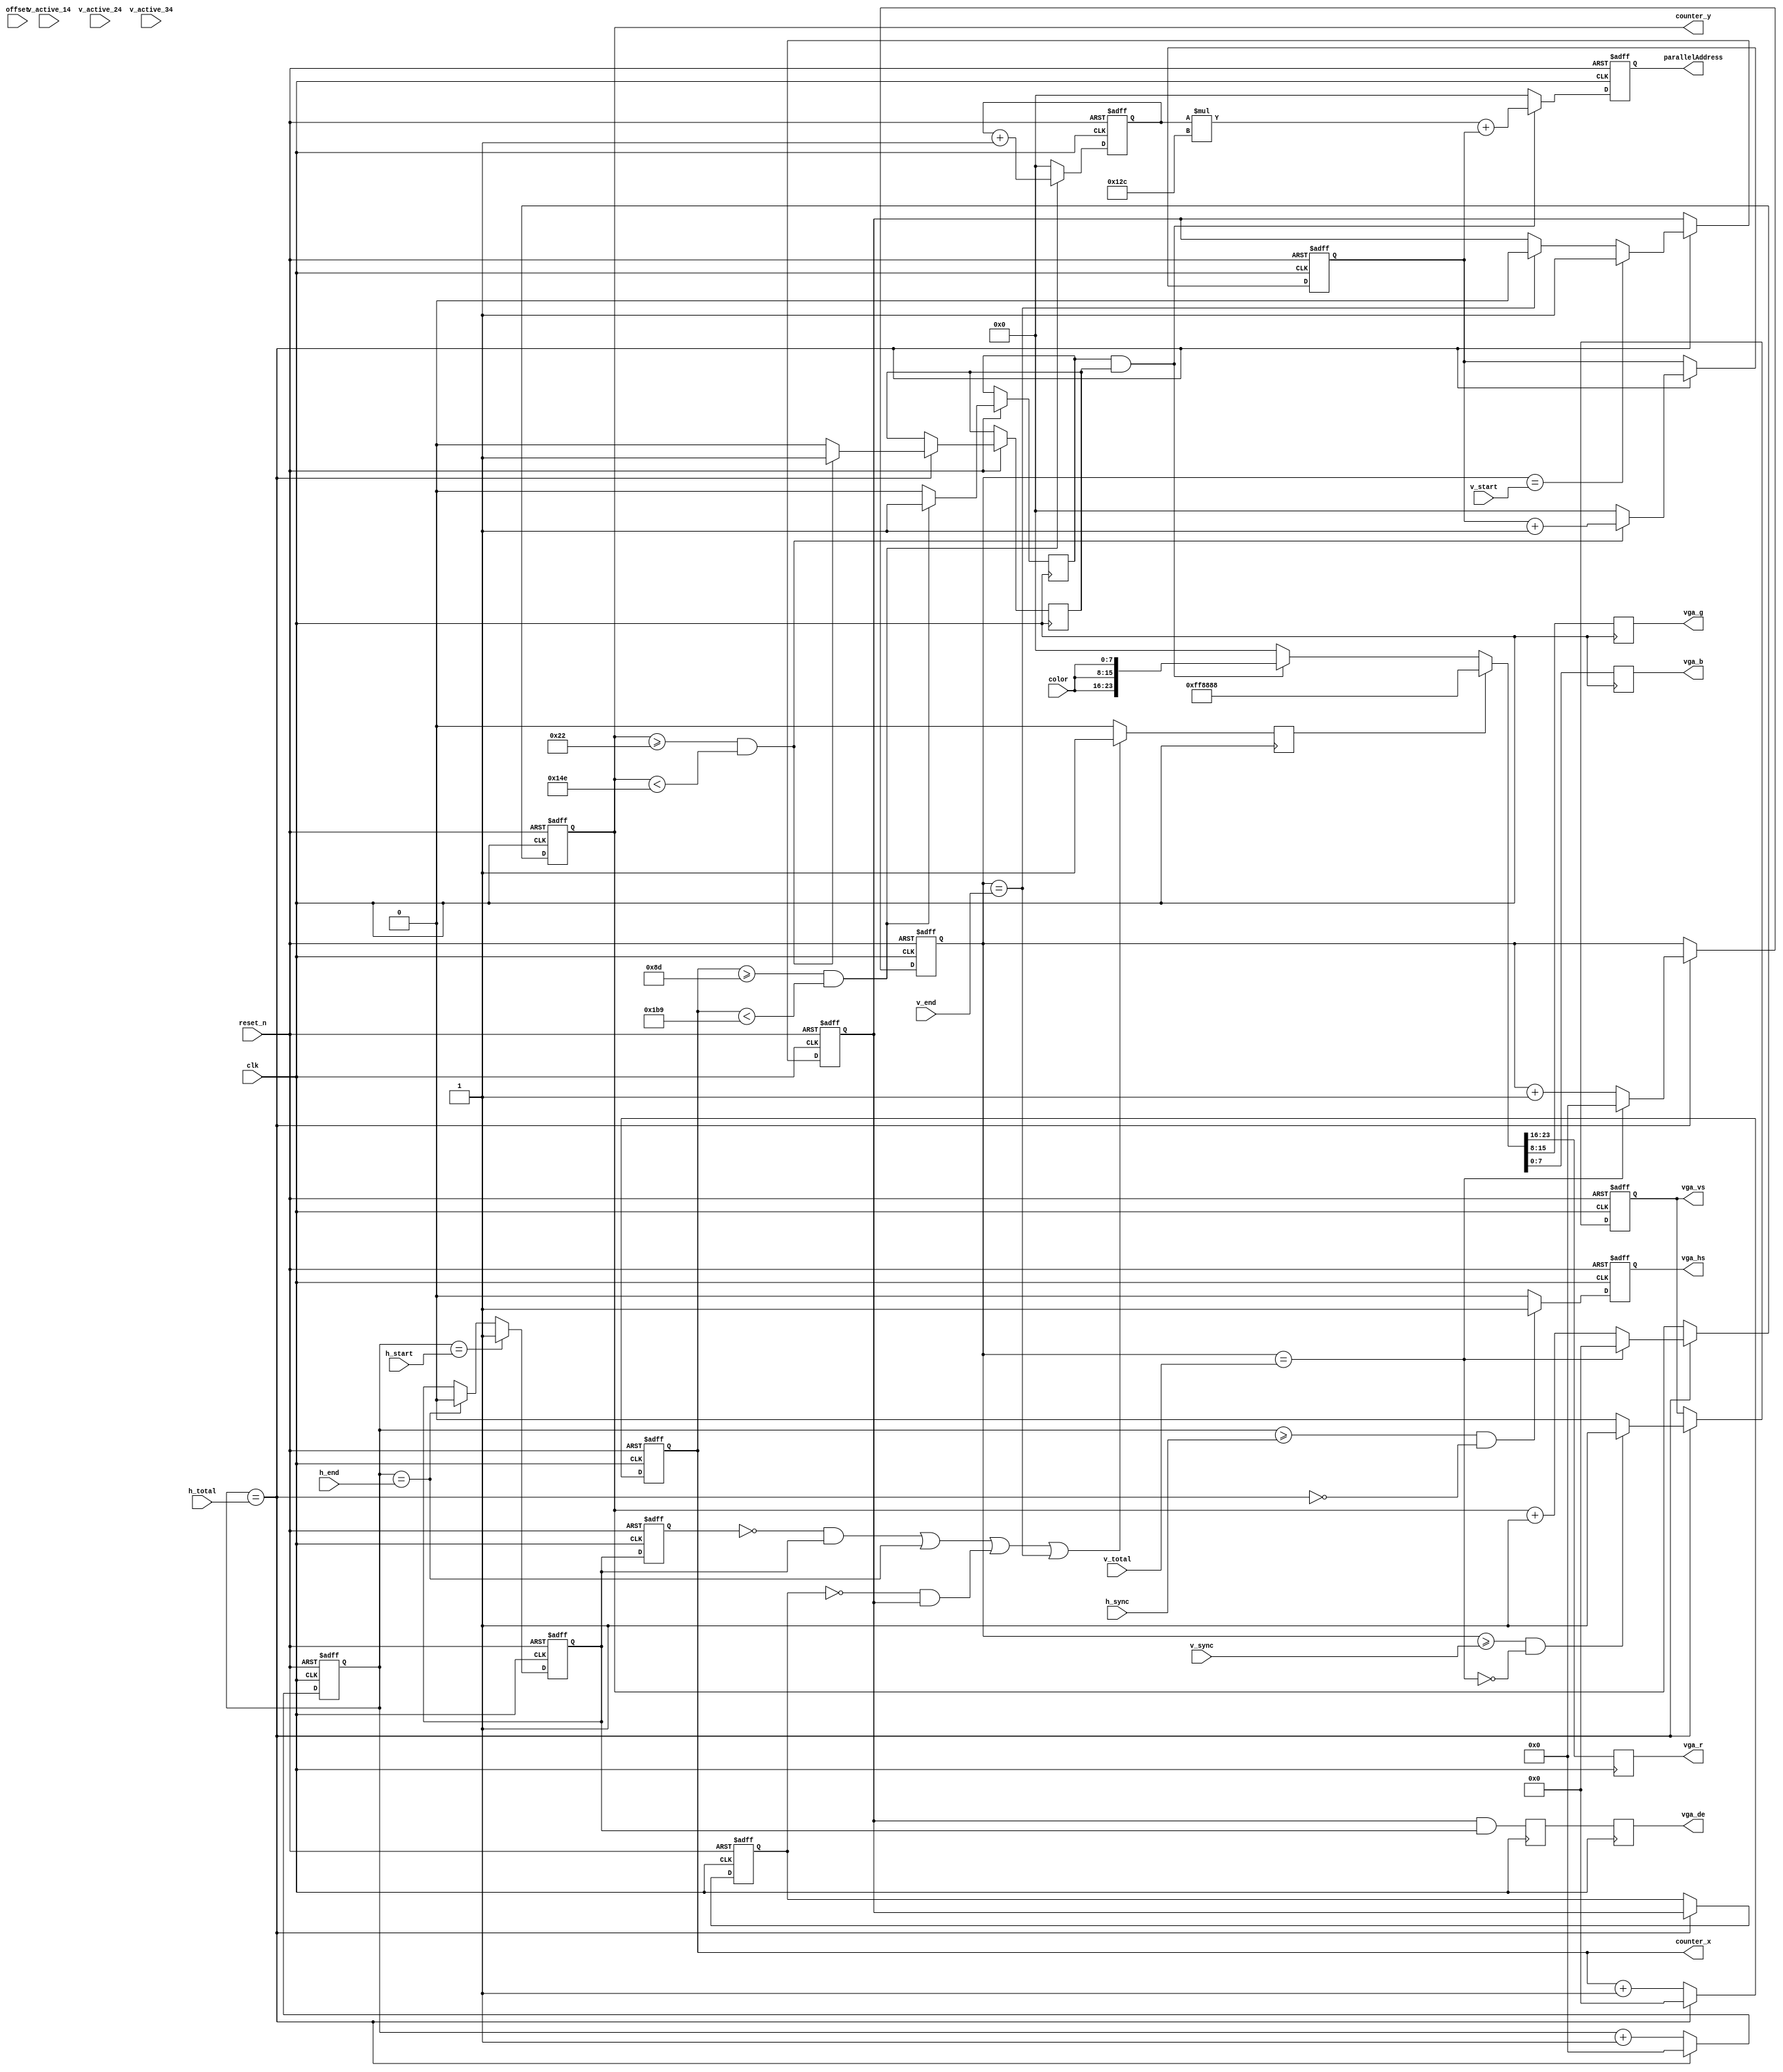
// --------------------------------------------------------------------
// Copyright (c) 2007 by Terasic Technologies Inc. 
// --------------------------------------------------------------------
//
// Permission:
//
//   Terasic grants permission to use and modify this code for use
//   in synthesis for all Terasic Development Boards and Altera Development 
//   Kits made by Terasic.  Other use of this code, including the selling 
//   ,duplication, or modification of any portion is strictly prohibited.
//
// Disclaimer:
//
//   This VHDL/Verilog or C/C++ source code is intended as a design reference
//   which illustrates how these types of functions can be implemented.
//   It is the user's responsibility to verify their design for
//   consistency and functionality through the use of formal
//   verification methods.  Terasic provides no warranty regarding the use 
//   or functionality of this code.
//
// --------------------------------------------------------------------
//           
//                     Terasic Technologies Inc
//                     356 Fu-Shin E. Rd Sec. 1. JhuBei City,
//                     HsinChu County, Taiwan
//                     302
//
//                     web: http://www.terasic.com/
//
// --------------------------------------------------------------------

module vga_generator(                                    
  input						clk,                
  input						reset_n,                                                
  input			[11:0]	h_total,           
  input			[11:0]	h_sync,           
  input			[11:0]	h_start,             
  input			[11:0]	h_end,                                                    
  input			[11:0]	v_total,           
  input			[11:0]	v_sync,            
  input			[11:0]	v_start,           
  input			[11:0]	v_end, 
  input			[11:0]	v_active_14, 
  input			[11:0]	v_active_24, 
  input			[11:0]	v_active_34, 
  input 			[17:0]	offset,
  input			[7:0]		color,
  output	reg				vga_hs,             
  output	reg				vga_vs,           
  output	reg				vga_de,
  output	reg	[7:0]		vga_r,
  output	reg	[7:0]		vga_g,
  output	reg	[7:0]		vga_b,
  output reg [9:0] counter_x, // horizontal counter
  output reg [9:0] counter_y, // vertical counter
  output reg [23:0] parallelAddress
);

//=======================================================
//  Signal declarations
//=======================================================
reg	[11:0]	h_count;
reg	[7:0]		pixel_x;
reg	[11:0]	v_count;
reg				h_act; 
reg				h_act_d;
reg				v_act; 
reg				v_act_d; 
reg				pre_vga_de;
wire				h_max, hs_end, hr_start, hr_end;
wire				v_max, vs_end, vr_start, vr_end;
wire				v_act_14, v_act_24, v_act_34;
reg            InBoxX, InBoxY;
reg				boarder;
reg	[3:0]		color_mode;
reg	[1:0]		columna;
reg	[1:0]		fila;
reg [23:0] pos_x; // horizontal counter
reg [23:0] pos_y;
reg [17:0] address_color;
reg [7:0] screen_color;



//=======================================================
//  Structural coding
//=======================================================
assign h_max = h_count == h_total;
assign hs_end = h_count >= h_sync;
assign hr_start = h_count == h_start; 
assign hr_end = h_count == h_end;
assign v_max = v_count == v_total;
assign vs_end = v_count >= v_sync;
assign vr_start = v_count == v_start; 
assign vr_end = v_count == v_end;
assign v_act_14 = v_count == v_active_14; 
assign v_act_24 = v_count == v_active_24; 
assign v_act_34 = v_count == v_active_34;


//horizontal control signals
always @ (posedge clk or negedge reset_n)
	if (!reset_n)
	begin
		h_act_d	<=	1'b0;
		h_count	<=	12'b0;
		pixel_x	<=	8'b0;
		vga_hs	<=	1'b1;
		h_act		<=	1'b0;
		columna <= 2'b00;
		counter_x <= 0;
		pos_x <= 0;
	end
	else
	begin
		h_act_d	<=	h_act;
		
		// Cuando se ha llegado al final de la fila
		if (h_max)
		begin
			h_count	<=	12'b0;
			counter_x <= 0;
			pos_x <= 0;
		end
		
		else
		begin
			h_count	<=	h_count + 12'b1;
			counter_x <= counter_x + 1;
		end

		if (h_act_d)
			pixel_x	<=	pixel_x + 1;
		else
			pixel_x	<=	8'b0;

		if (hs_end && !h_max)
			vga_hs	<=	1'b1;
		else
			vga_hs	<=	1'b0;

		if (hr_start)
			h_act		<=	1'b1;
		else if (hr_end)
			h_act		<=	1'b0;
			
		if(counter_x >= 141 && counter_x < 441)
			begin
				InBoxX <= 1'b1;
				pos_x <= pos_x + 1;
			end
		else
			begin
				InBoxX <= 1'b0;
				pos_x <= 0;
			end
			
	end

//vertical control signals
always@(posedge clk or negedge reset_n)
	if(!reset_n)
	begin
		v_act_d		<=	1'b0;
		v_count		<=	12'b0;
		vga_vs		<=	1'b1;
		v_act			<=	1'b0;
		fila <= 2'b00;
		counter_y <= 0;
		pos_y <= 0;
	end
	else 
	begin		
		if (h_max)
		begin		  
			v_act_d	  <=	v_act;
		  
			if (v_max)
			begin
				v_count	<=	12'b0;
				counter_y <= 0;
				pos_y <= 0;
			end
			else
			begin
				v_count	<=	v_count + 12'b1;
				counter_y <= counter_y + 1;
			end

			if (vs_end && !v_max)
				vga_vs	<=	1'b1;
			else
				vga_vs	<=	1'b0;

			if (vr_start)
				v_act <=	1'b1;
			else if (vr_end)
				v_act <=	1'b0;
			if( counter_y >= 34 && counter_y < 334)
				begin
					InBoxY <= 1'b1;
					pos_y <= pos_y + 1;
				end
			else
				begin
					InBoxY <= 1'b0;
					pos_y <= 0;
				end
		end
	end

// Assign of colors by column and row
always@(negedge clk or negedge reset_n)
	if(!reset_n)
		begin
			//pos_x <= 0;
			//pos_y <= 0;
			parallelAddress <= 0;
			screen_color <= 8'h00;
		end
	else begin
		if((InBoxX == 1'b1) && (InBoxY == 1'b1))
		begin
			parallelAddress <=   (pos_x *300 + pos_y );
			//Codigo para asignar el color
			//pos_x <= pos_x + 24'd1;
			//pos_y <= pos_y + 24'd1;
			
			//parallelAddress <=  (pos_x + pos_y);
			//parallelAddress <= 0; 
			//color <= color_array[address_color];
			//color <= 8'hFF;
			screen_color <= color;
		end
		else begin
			//pos_x <= 0;
			//pos_y <= 0;
			parallelAddress <= 0;
			screen_color <= 8'h00;
			
		end
	end
	
	
//pattern generator and display enable
always @(posedge clk)
begin
		vga_de		<=	pre_vga_de;
		pre_vga_de	<=	v_act && h_act;
    
		if ((!h_act_d&&h_act) || hr_end || (!v_act_d&&v_act) || vr_end)
			boarder	<=	1'b1;
		else
			boarder	<=	1'b0;   		
		
		if (boarder)
			{vga_r, vga_g, vga_b} <= {8'hFF,8'h88,8'h88};
		else
			begin
				if((InBoxX == 1'b1) && (InBoxY == 1'b1))
					begin
						{vga_r, vga_g, vga_b}	<=	{color,color,color};
					end
				else
					{vga_r, vga_g, vga_b}	<=	{8'h00,8'h00,8'h00};
			end
end	

endmodule